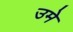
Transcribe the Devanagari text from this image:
उमे